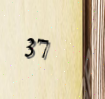
37